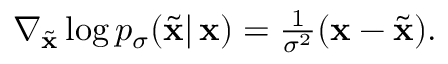
\begin{array} { r } { \nabla _ { \tilde { \mathbf { x } } } \log p _ { \sigma } ( \tilde { \mathbf { x } } | \, \mathbf { x } ) = \frac { 1 } { \sigma ^ { 2 } } ( \mathbf { x } - \tilde { \mathbf { x } } ) . } \end{array}